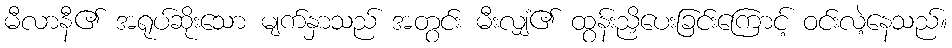
မီလာနီ၏ အရုပ်ဆိုးသော မျက်နှာသည် အတွင်း မီးလျှံ၏ ထွန်းညှိပေးခြင်းကြောင့် ဝင်းလဲ့နေသည်။